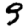
Digit: 9